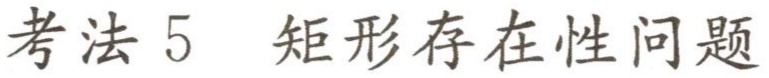
考法 5  矩形存在性问题